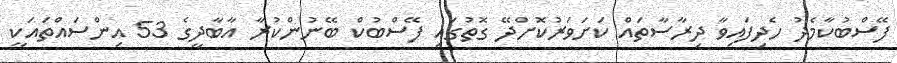
ފޭސްބުކާމެދު ހެދިފައިވާ ދިރާސާތައް ކަށަވަރުކޮށްދޭ ގޮތުގައި ފޭސްބުކް ބޭނުންކުރާ އާބާދީގެ 53 އިންސައްތައަކީ